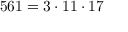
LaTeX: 5 6 1 = 3 \cdot 1 1 \cdot 1 7